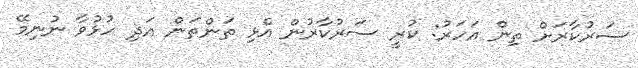
ސަރުކާރަށް ތިން އަހަރު: ކުރީ ސަރުކާރުން އެޅި ތަންތަން އަދި ހުޅުވާ ނުނިމޭ